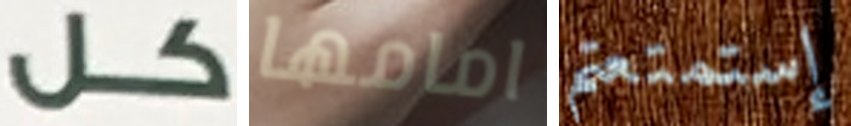
كل امامها إستمتعتم